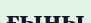
ғыны